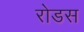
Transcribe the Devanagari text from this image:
रोडस